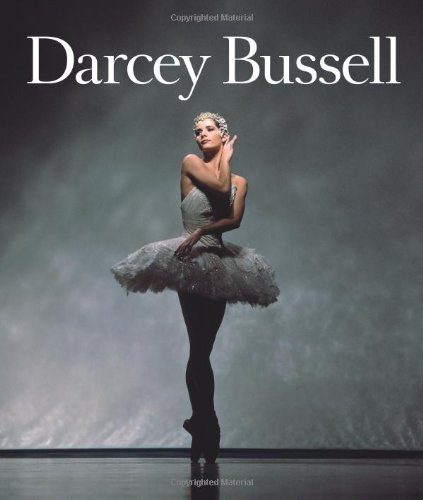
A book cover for Darcey Bussell; DARCEY BUSSELL; Biographies & Memoirs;